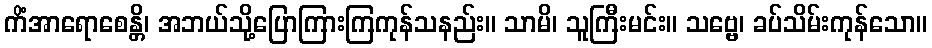
ကိံအာရောစေန္တိ၊ အဘယ်သို့ပြောကြားကြကုန်သနည်း။ သာမိ၊ သူကြီးမင်း။ သဗ္ဗေ၊ ခပ်သိမ်းကုန်သော။